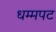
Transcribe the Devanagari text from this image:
धम्मपट